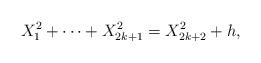
LaTeX: \begin{align*} X_1^2 + \cdots + X_{2k+1}^2 = X_{2k+2}^2 + h,\end{align*}